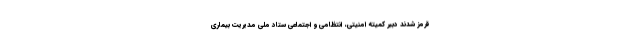
قرمز شدند دبیر کمیته امنیتی، انتظامی و اجتماعی ستاد ملی مدیریت بیماری